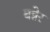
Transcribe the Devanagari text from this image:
बन्नेर